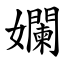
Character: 孄